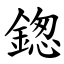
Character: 鍯